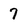
Character: 7